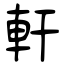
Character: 軒